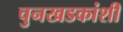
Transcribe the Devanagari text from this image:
चुनखडकांशी